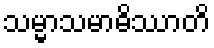
သမ္မာသမာဓိဿာတိ